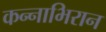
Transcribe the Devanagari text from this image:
कन्नाभिरान